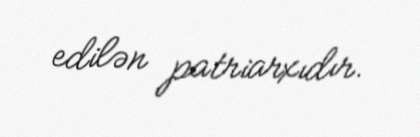
edilən patriarxıdır.